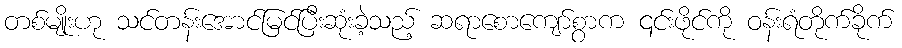
တစ်မျိုးဟု သင်တန်းအောင်မြင်ပြီးဆုံးခဲ့သည့် ဆရာစောကျော်စွာက ၎င်းဖိုင်ကို ဝန်းရံတိုက်ခိုက်